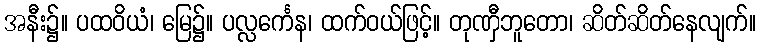
အနီး၌။ ပထဝိယံ၊ မြေ၌။ ပလ္လင်္ကေန၊ ထက်ဝယ်ဖြင့်။ တုဏှီဘူတော၊ ဆိတ်ဆိတ်နေလျက်။